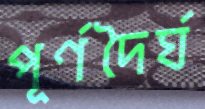
পূর্ণদৈর্ঘ